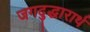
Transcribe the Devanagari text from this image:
जगदुद्धारार्थ